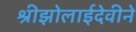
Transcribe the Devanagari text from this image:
श्रीझोलाईदेवीने